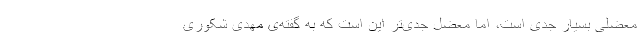
معضلی بسیار جدی است، اما معضل جدی‌تر این است که به گفته‌ی مهدی شکوری